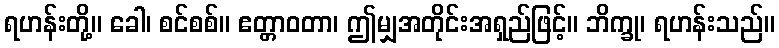
ရဟန်းတို့။ ခေါ၊ စင်စစ်။ ဧတ္တာဝတာ၊ ဤမျှအတိုင်းအရှည်ဖြင့်။ ဘိက္ခု၊ ရဟန်းသည်။